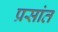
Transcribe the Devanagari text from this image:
प्रसांत